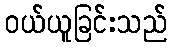
ဝယ်ယူခြင်းသည်